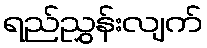
ရည်ညွှန်းလျက်